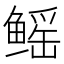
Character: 鳐